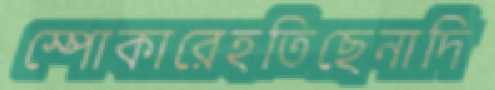
স্পোকারেহতিছেনাদি